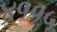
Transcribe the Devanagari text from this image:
४११५